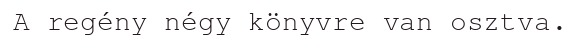
A regény négy könyvre van osztva.